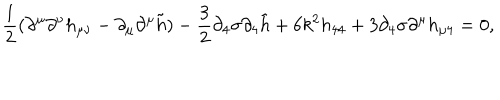
\frac { 1 } { 2 } ( \partial ^ { \mu } \partial ^ { \nu } h _ { \mu \nu } - \partial _ { \mu } \partial ^ { \mu } \tilde { h } ) - \frac { 3 } { 2 } \partial _ { 4 } \sigma \partial _ { 4 } \tilde { h } + 6 k ^ { 2 } h _ { 4 4 } + 3 \partial _ { 4 } \sigma \partial ^ { \mu } h _ { \mu 4 } = 0 ,